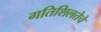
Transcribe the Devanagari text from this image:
गतिशिलतेचे